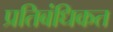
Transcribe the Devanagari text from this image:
प्रतिबंधिकत